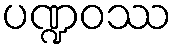
ပဏ္ဍဝဿ